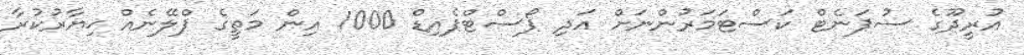
އުރީދޫގެ ސުޕަނެޓް ކަސްޓަމަރުންނަށް އަދި ޕޯސްޓްޕެއިޑް 1000 އިން މަތީގެ ޕްލޭނެއް ޚިޔާރުކުރާ